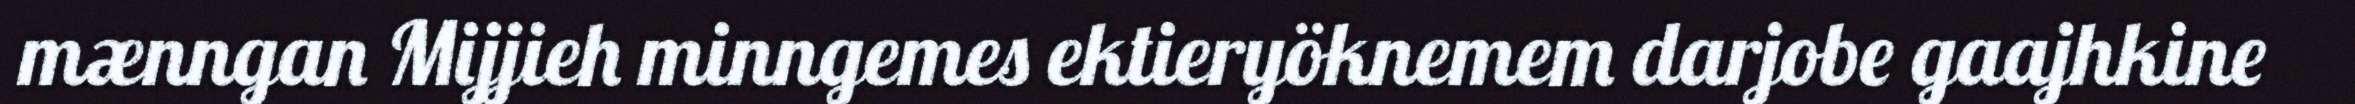
mænngan Mijjieh minngemes ektieryöknemem darjobe gaajhkine